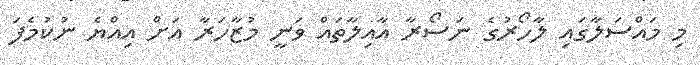
މި މައްސަލާގައި ލާހޯރުގެ ނަސޯރާ އާއިލާތައް ވަނީ މުޒާހަރާ އަށް އިއްޔެ ނުކުމެފަ